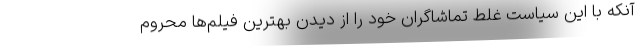
آنکه با این سیاست غلط تماشاگران خود را از دیدن بهترین فیلم‌ها محروم